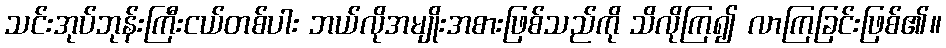
သင်းအုပ်ဘုန်းကြီးငယ်တစ်ပါး ဘယ်လိုအမျိုးအစားဖြစ်သည်ကို သိလိုကြ၍ လာကြခြင်းဖြစ်၏။